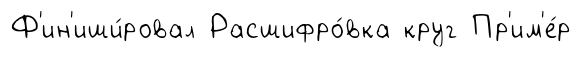
Ф'ин'иши́ровал Расшифро́вка круг Пр'им'е́р